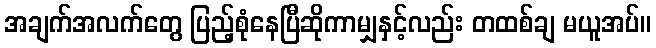
အချက်အလက်တွေ ပြည့်စုံနေပြီဆိုကာမျှနှင့်လည်း တထစ်ချ မယူအပ်။